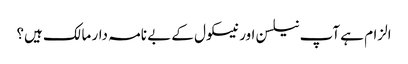
الزام ہے آپ نیلسن اور نیسکول کے بے نامہ دار مالک ہیں؟